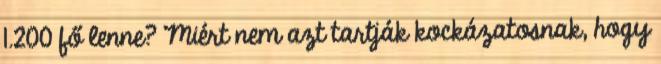
1.200 fő lenne? Miért nem azt tartják kockázatosnak, hogy